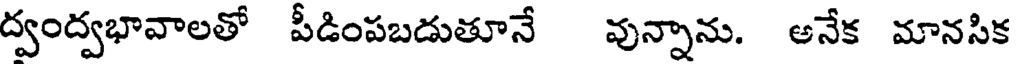
ద్వంద్వభావాలతో పీడింపబడుతూనే వున్నాను. అనేక మానసిక